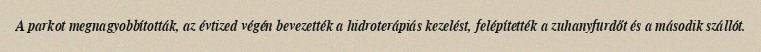
A parkot megnagyobbították, az évtized végén bevezették a hidroterápiás kezelést, felépítették a zuhanyfürdőt és a második szállót.